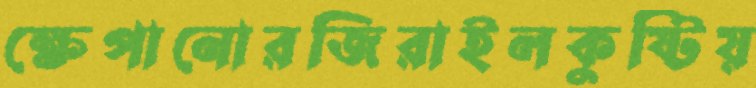
ক্ষেপানোরজিরাইলকুষ্টিয়